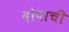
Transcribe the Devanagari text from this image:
दोषाची